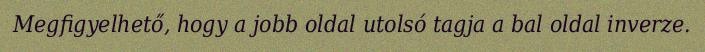
Megfigyelhető, hogy a jobb oldal utolsó tagja a bal oldal inverze.